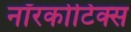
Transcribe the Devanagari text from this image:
नॉरकोटिक्स